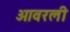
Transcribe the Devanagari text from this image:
ओवरली